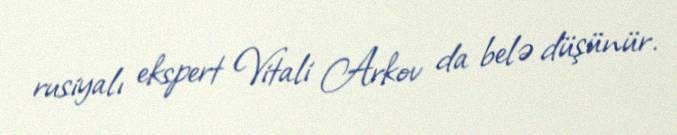
rusiyalı ekspert Vitali Arkov da belə düşünür.